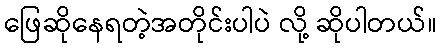
ဖြေဆိုနေရတဲ့အတိုင်းပါပဲ လို့ ဆိုပါတယ်။